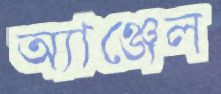
অ্যাঞ্জেল